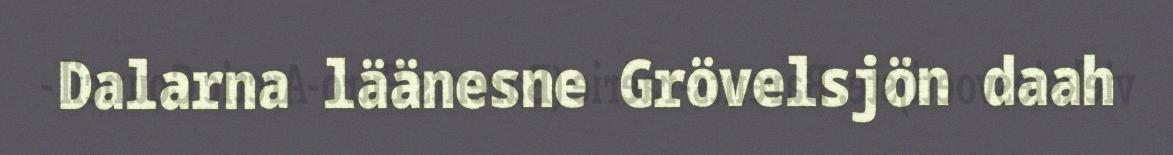
Dalarna läänesne Grövelsjön daah